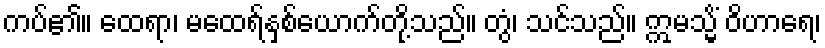
ကပ်၏။ ထေရာ၊ မထေရ်နှစ်ယောက်တို့သည်။ တွံ၊ သင်သည်။ ဣမသ္မိံ ဝိဟာရေ၊